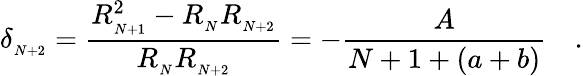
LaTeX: \delta_{_{N+2}}=\frac{R_{_{N+1}}^{2}-R_{_N}R_{_{N+2}}}{R_{_N}R_{_{N+2}}}=-\frac{A}{N+1+(a+b)}\quad.